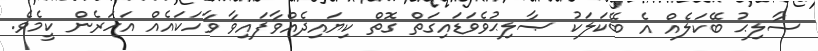
ޞާލިޙު ބޭކަލެއް އެ ބޭކަލަކު ޞާލިޙުވެވަޑައިގަތް ގޮތް ކިޔައިދެއްވާފައިވާ ވާހަކައެއް އަހަރެން ކީމެވެ.